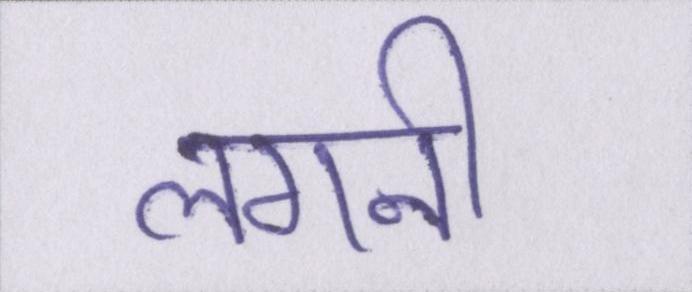
लगनी